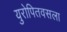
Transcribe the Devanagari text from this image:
युरोपितवसला